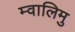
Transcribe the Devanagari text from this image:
म्वालिमु